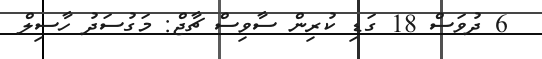
6 ދުވަސް 18 ގަޑި ކުރިން ސާވިސް ޗާޖް: މަގުސަދު ހާސިލް